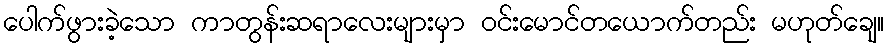
ပေါက်ဖွားခဲ့သော ကာတွန်းဆရာလေးများမှာ ဝင်းမောင်တယောက်တည်း မဟုတ်ချေ။